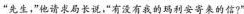
“先生，”他请求局长说，“有没有我的玛利安寄来的信？”